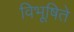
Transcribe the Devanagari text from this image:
विभूषिते